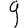
Digit: 9